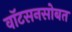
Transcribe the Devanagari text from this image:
वाॅटसनसोबत